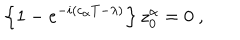
\left\{ 1 - e ^ { - i \left( c _ { \alpha } T - \lambda \right) } \right\} z _ { 0 } ^ { \alpha } = 0 \ ,